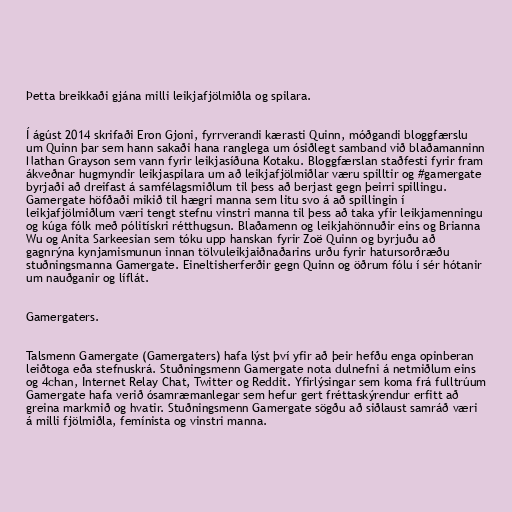
Þetta breikkaði gjána milli leikjafjölmiðla og spilara.

Í ágúst 2014 skrifaði Eron Gjoni, fyrrverandi kærasti Quinn, móðgandi bloggfærslu
um Quinn þar sem hann sakaði hana ranglega um ósiðlegt samband við blaðamanninn
Nathan Grayson sem vann fyrir leikjasíðuna Kotaku. Bloggfærslan staðfesti fyrir fram
ákveðnar hugmyndir leikjaspilara um að leikjafjölmiðlar væru spilltir og #gamergate
byrjaði að dreifast á samfélagsmiðlum til þess að berjast gegn þeirri spillingu.
Gamergate höfðaði mikið til hægri manna sem litu svo á að spillingin í
leikjafjölmiðlum væri tengt stefnu vinstri manna til þess að taka yfir leikjamenningu
og kúga fólk með pólitískri rétthugsun. Blaðamenn og leikjahönnuðir eins og Brianna
Wu og Anita Sarkeesian sem tóku upp hanskan fyrir Zoë Quinn og byrjuðu að
gagnrýna kynjamismunun innan tölvuleikjaiðnaðarins urðu fyrir hatursorðræðu
stuðningsmanna Gamergate. Eineltisherferðir gegn Quinn og öðrum fólu í sér hótanir
um nauðganir og líflát.

Gamergaters.

Talsmenn Gamergate (Gamergaters) hafa lýst því yfir að þeir hefðu enga opinberan
leiðtoga eða stefnuskrá. Stuðningsmenn Gamergate nota dulnefni á netmiðlum eins
og 4chan, Internet Relay Chat, Twitter og Reddit. Yfirlýsingar sem koma frá fulltrúum
Gamergate hafa verið ósamræmanlegar sem hefur gert fréttaskýrendur erfitt að
greina markmið og hvatir. Stuðningsmenn Gamergate sögðu að siðlaust samráð væri
á milli fjölmiðla, femínista og vinstri manna.